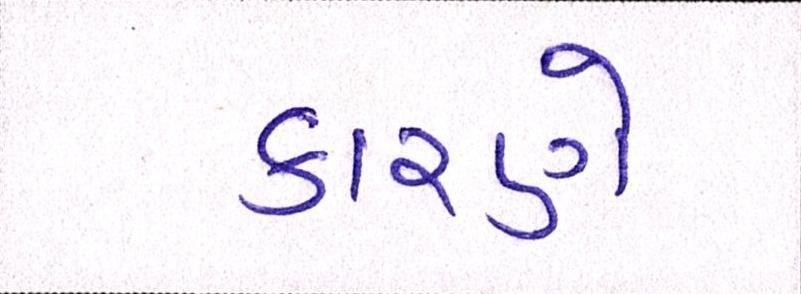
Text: કારણે